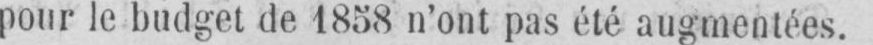
pour le budget de 1858 n’ont pas été augmentées.